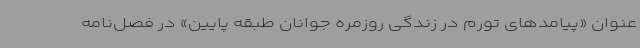
عنوان «پیامدهای تورم در زندگی روزمره جوانان طبقه پایین» در فصل‌نامه